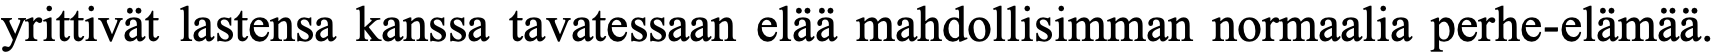
yrittivät lastensa kanssa tavatessaan elää mahdollisimman normaalia perhe-elämää.